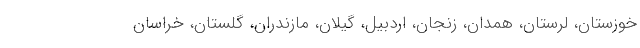
خوزستان، لرستان، همدان، زنجان، اردبیل، گیلان، مازندران، گلستان، خراسان